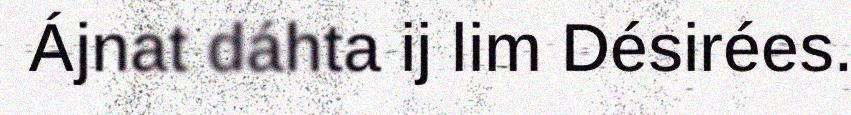
Ájnat dáhta ij lim Désirées.